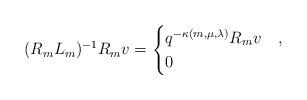
LaTeX: \begin{align*}(R_mL_m)^{-1}R_m v = \begin{cases}q^{-\kappa(m,\mu,\lambda)}R_mv & , \\0 & \end{cases}\end{align*}